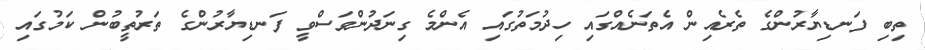
ތިބި ފަނޑިޔާރުންގެ ތެރެއިން އެތަނެއްގައި ހިދުމަތުގައި އެންމެ ގިނަދުންވަސްވީ ފަނޑިޔާރުންގެ ތަރުތީބުން ކަމުގައި